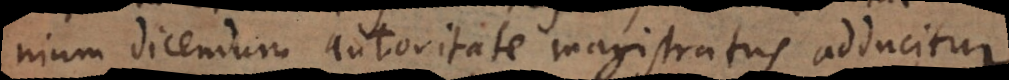
nium dicendum autoritate magistratus adducitur.